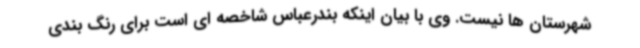
شهرستان ها نیست. وی با بیان اینکه بندرعباس شاخصه ای است برای رنگ بندی